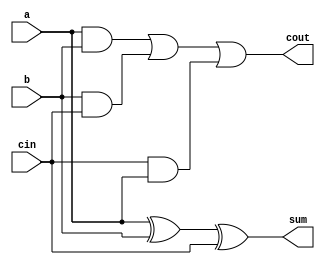
`timescale 1ns / 1ps
//////////////////////////////////////////////////////////////////////////////////
// Company: 
// Engineer: 
// 
// Design Name: 
// Module Name:    full_adder 
// Project Name: 
// Target Devices: 
// Tool versions: 
// Description: 
//
// Dependencies: 
//
// Revision: 
// Revision 0.01 - File Created
// Additional Comments: 
//
//////////////////////////////////////////////////////////////////////////////////
module full_adder(a, b, cin, sum, cout);
	input a;
	input b;
	input cin;
	
	output sum;
	output cout;
	
	wire sum;
	wire cout;

	assign sum = a^b^cin;
	assign cout = (a&b)|(b&cin)|(cin&a);
	
endmodule